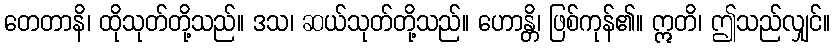
တေတာနိ၊ ထိုသုတ်တို့သည်။ ဒသ၊ ဆယ်သုတ်တို့သည်။ ဟောန္တိ၊ ဖြစ်ကုန်၏။ ဣတိ၊ ဤသည်လျှင်။